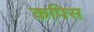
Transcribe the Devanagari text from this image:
कपिस